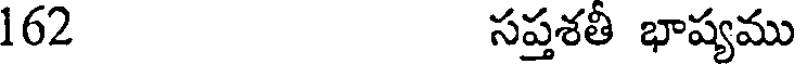
162 సప్తశతీ భాష్యము